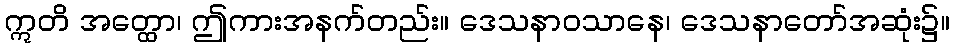
ဣတိ အတ္ထော၊ ဤကားအနက်တည်း။ ဒေသနာဝသာနေ၊ ဒေသနာတော်အဆုံး၌။